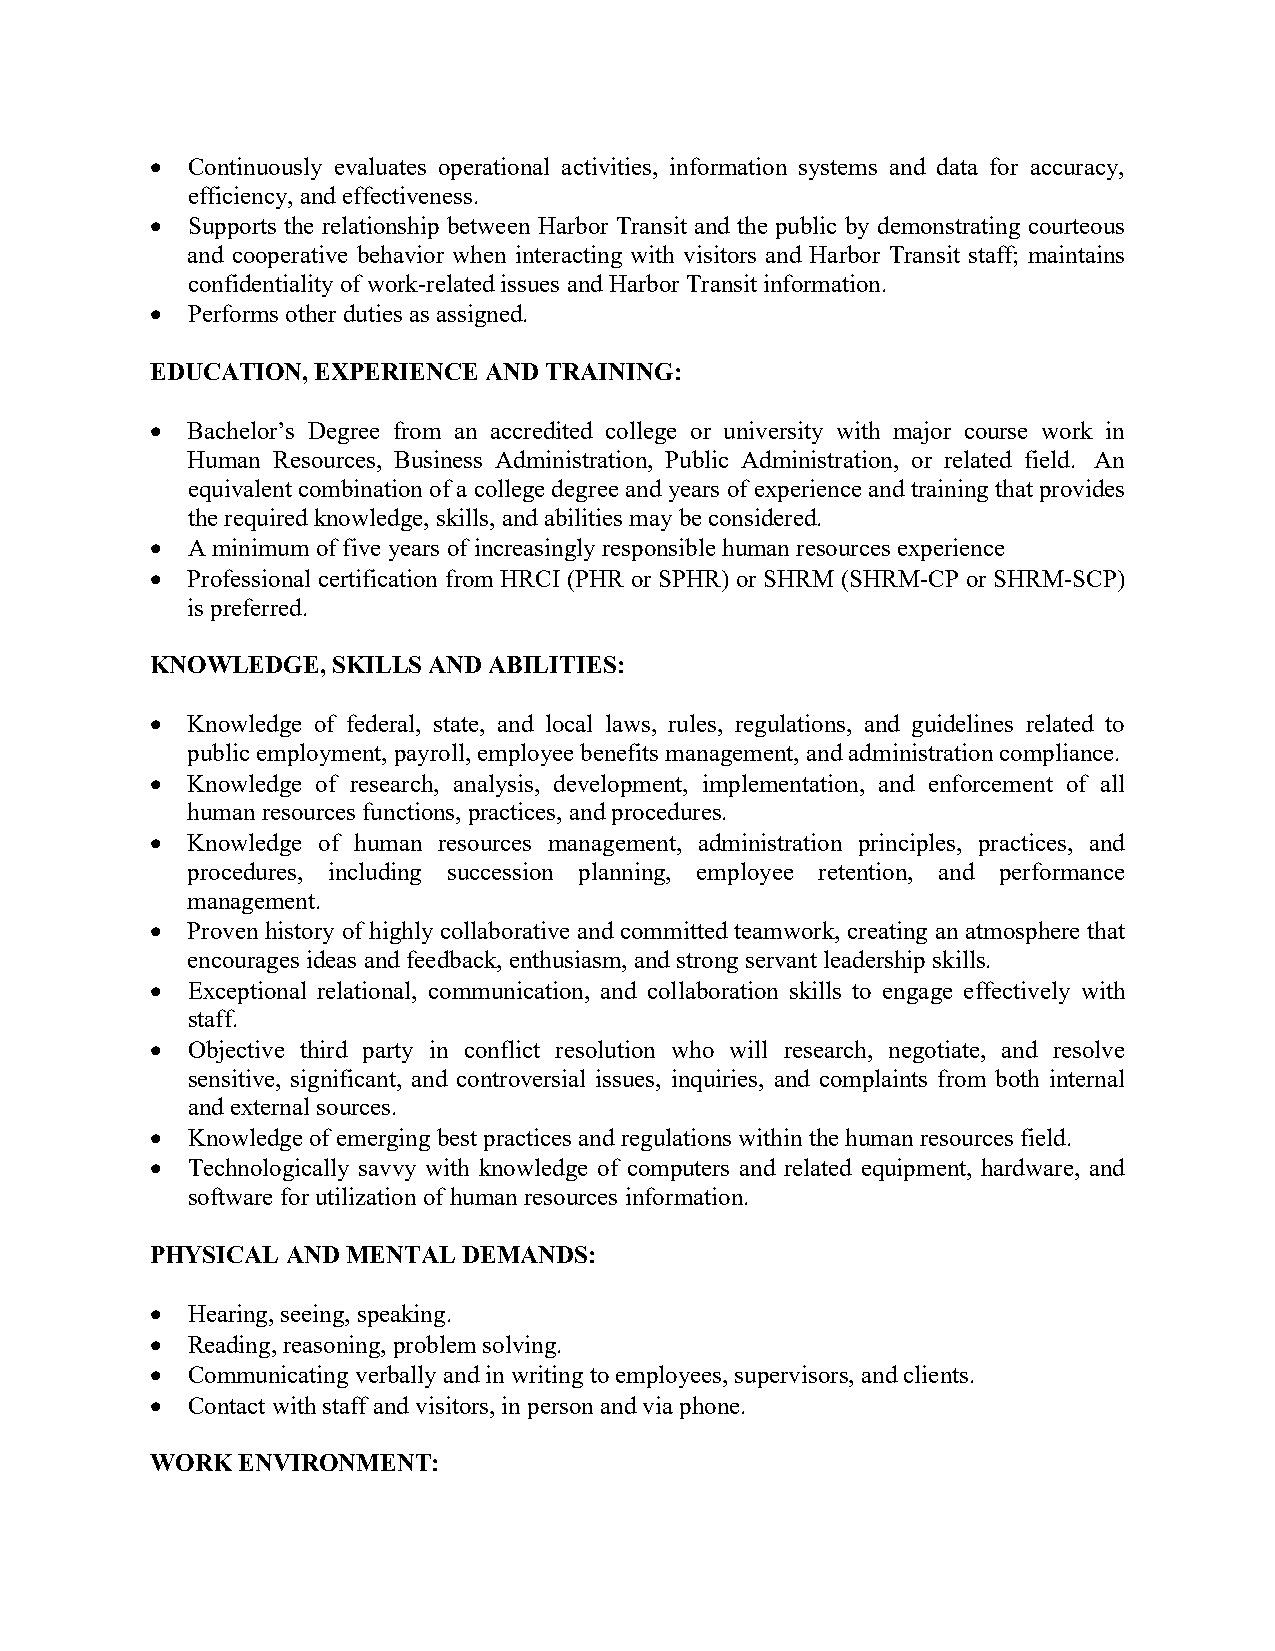
• Continuously evaluates operational activities, information systems and data for accuracy,
 efficiency, and effectiveness.
 • Supports the relationship between Harbor Transit and the public by demonstrating courteous
 and cooperative behavior when interacting with visitors and Harbor Transit staff; maintains
 confidentiality of work-related issues and Harbor Transit information.
 • Performs other duties as assigned.
 EDUCATION, EXPERIENCE AND TRAINING:
 • Bachelor’s Degree from an accredited college or university with major course work in
 Human Resources, Business Administration, Public Administration, or related field. An
 equivalent combination of a college degree and years of experience and training that provides
 the required knowledge, skills, and abilities may be considered.
 • A minimum of five years of increasingly responsible human resources experience
 • Professional certification from HRCI (PHR or SPHR) or SHRM (SHRM-CP or SHRM-SCP)
 is preferred.
 KNOWLEDGE,  SKILLS AND ABILITIES:
 • Knowledge of federal, state, and local laws, rules, regulations, and guidelines related to
 public employment, payroll, employee benefits management, and administration compliance.
 • Knowledge of research, analysis, development, implementation, and enforcement of all
 human resources functions, practices, and procedures.
 • Knowledge of human resources management, administration principles, practices, and
 procedures, including succession planning, employee retention, and performance
 management.
 • Proven history of highly collaborative and committed teamwork, creating an atmosphere that
 encourages ideas and feedback, enthusiasm, and strong servant leadership skills.
 • Exceptional relational, communication, and collaboration skills to engage effectively with
 staff.
 • Objective third party in conflict resolution who will research, negotiate, and resolve
 sensitive, significant, and controversial issues, inquiries, and complaints from both internal
 and external sources.
 • Knowledge of emerging best practices and regulations within the human resources field.
 • Technologically savvy with knowledge of computers and related equipment, hardware, and
 software for utilization of human resources information.
 PHYSICAL AND MENTAL  DEMANDS:
 • Hearing, seeing, speaking.
 • Reading, reasoning, problem solving.
 • Communicating verbally and in writing to employees, supervisors, and clients.
 • Contact with staff and visitors, in person and via phone.
 WORK  ENVIRONMENT: